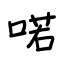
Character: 喏